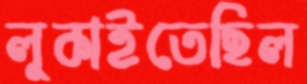
লুকাইতেছিল